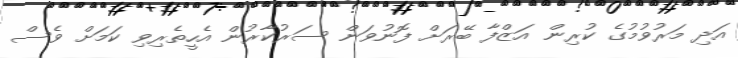
އަދި މަރުވުމުގެ ކުރިން އަޒްފާ ބޭރަށް ފޮނުވަން ސަރުކާރުން އެހީތެރިވި ކަމަށް ވެސް